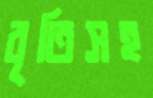
বৃতিসহ